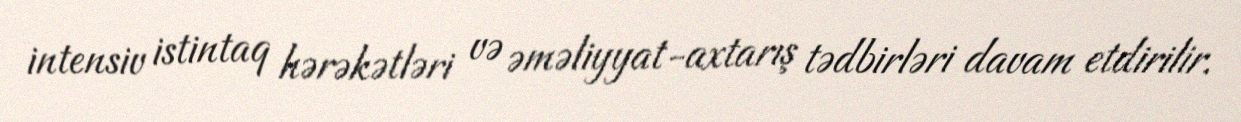
intensiv istintaq hərəkətləri və əməliyyat-axtarış tədbirləri davam etdirilir.